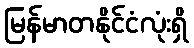
မြန်မာတနိုင်ငံလုံးရှိ